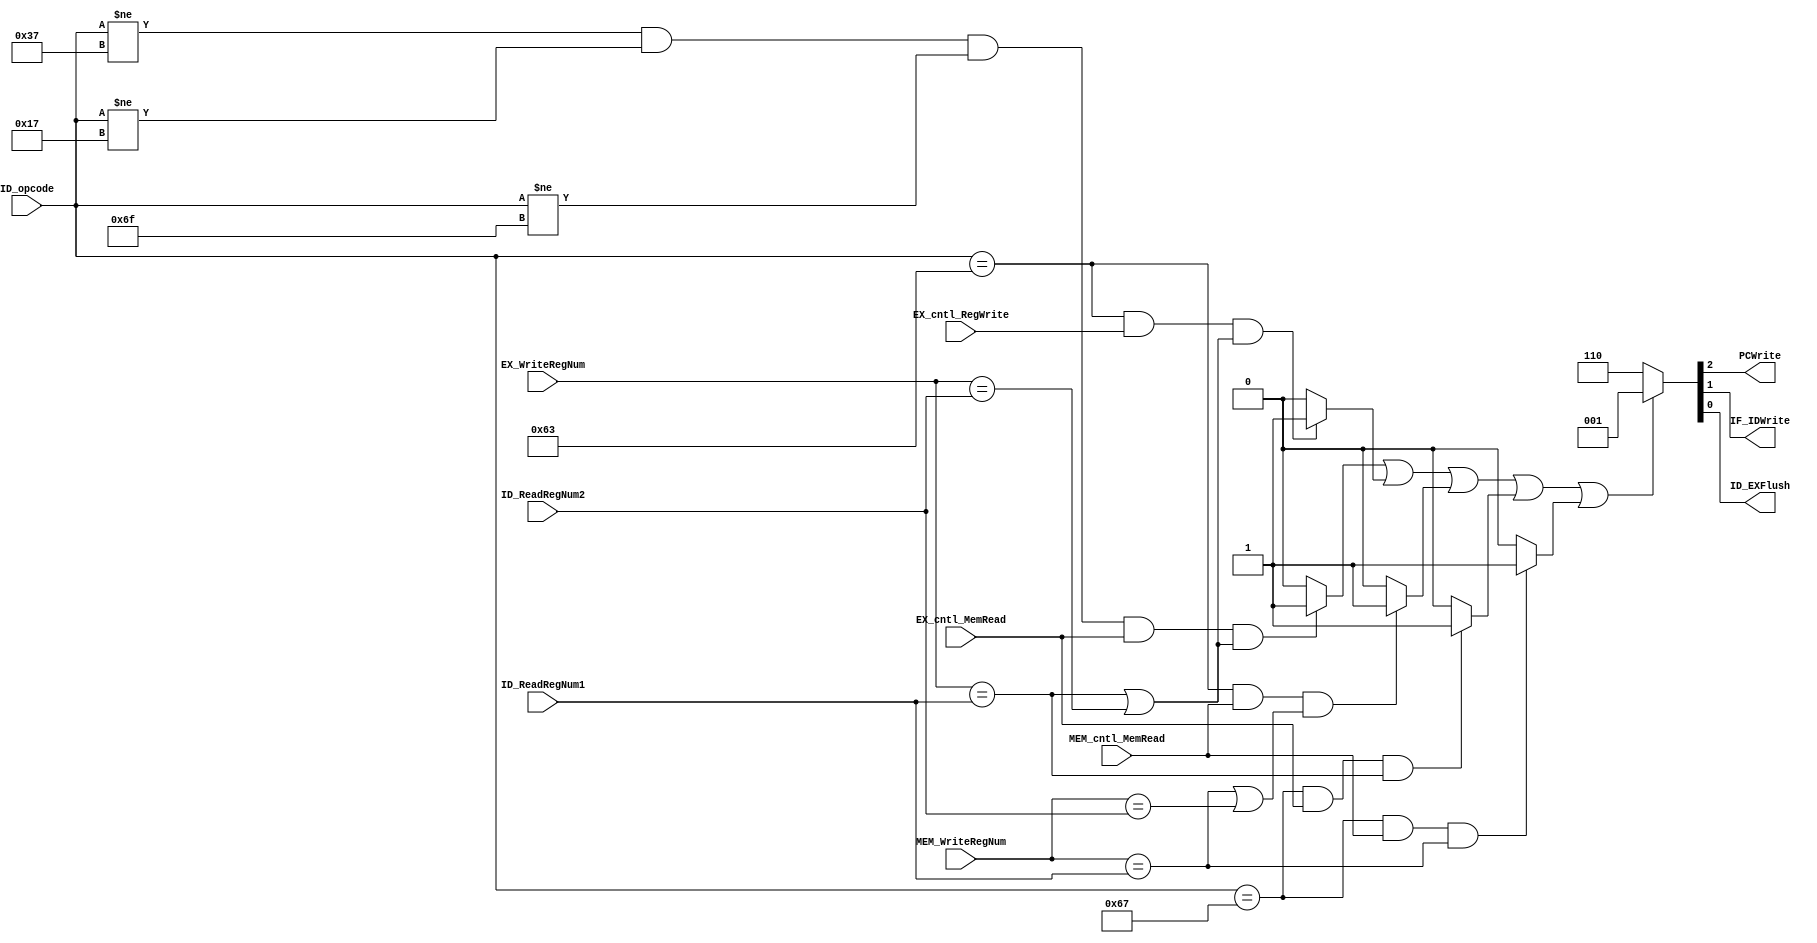
`timescale 1ns / 1ps
//////////////////////////////////////////////////////////////////////////////////
// Company: 
// Engineer: 
// 
// Design Name: 
// Module Name: HazardDetectionUnit
// Project Name: 
// Target Devices: 
// Tool Versions: 
// Description: 
// 
// Dependencies: 
// 
// Revision:
// Revision 0.01 - File Created
// Additional Comments:
// 
//////////////////////////////////////////////////////////////////////////////////


module HazardDetectionUnit(
	input EX_cntl_MemRead,
	input EX_cntl_RegWrite,
	input MEM_cntl_MemRead,
	input [6:0] ID_opcode,
	input [4:0] EX_WriteRegNum,
	input [4:0] MEM_WriteRegNum,
	input [4:0] ID_ReadRegNum1,
	input [4:0] ID_ReadRegNum2,
	output PCWrite, 
	output IF_IDWrite, 
	output ID_EXFlush
    );
    
    wire EX_Stall;
    wire Branch_EX_Stall;
    wire Branch_MEM_Stall;
    wire Jalr_EX_Stall;
    wire Jalr_MEM_Stall;
    
    //Load Stall
    assign EX_Stall = 	((ID_opcode != 7'b0110111) && (ID_opcode != 7'b0010111) && (ID_opcode != 7'b1101111) && 
    					(EX_cntl_MemRead) && 
    					((EX_WriteRegNum == ID_ReadRegNum1) || (EX_WriteRegNum == ID_ReadRegNum2))) ? 1'b1 : 1'b0;

    /* Stall for JALR comparison on ID stage */
    //ALU operation Stall and Load Stall
    assign Jalr_EX_Stall = 	((ID_opcode == 7'b1100111) &&
    						(EX_cntl_MemRead) && 
    						(EX_WriteRegNum == ID_ReadRegNum1)) ? 1'b1 : 1'b0;
	
	//Load Stall
    assign Jalr_MEM_Stall = ((ID_opcode == 7'b1100111) &&
    						(MEM_cntl_MemRead) && 
    						(MEM_WriteRegNum == ID_ReadRegNum1)) ? 1'b1 : 1'b0;
 
    /* Stall for Branch comparison on ID stage */
    //ALU operation Stall and Load Stall
    assign Branch_EX_Stall = 	((ID_opcode == 7'b1100011) && 
    							(EX_cntl_RegWrite) && 
    							((EX_WriteRegNum == ID_ReadRegNum1) || (EX_WriteRegNum == ID_ReadRegNum2))) ? 1'b1 : 1'b0;
	
	//Load Stall
    assign Branch_MEM_Stall = 	((ID_opcode == 7'b1100011) &&
    							(MEM_cntl_MemRead) && 
    							((MEM_WriteRegNum == ID_ReadRegNum1) || (MEM_WriteRegNum == ID_ReadRegNum2))) ? 1'b1 : 1'b0; 		
   
   assign {PCWrite, IF_IDWrite, ID_EXFlush} = (EX_Stall || Branch_EX_Stall || Branch_MEM_Stall || Jalr_EX_Stall || Jalr_MEM_Stall) ? 3'b001 : 3'b110;

endmodule